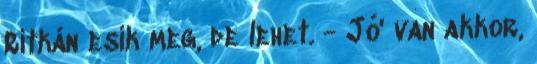
Ritkán esik meg, de lehet. - Jó' van akkor,